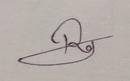
Signature authenticity: genuine